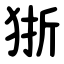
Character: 狾